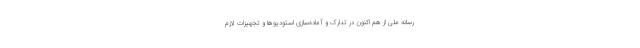
رسانه ملی از هم اکنون در تدارک و آماده‌سازی استودیوها و تجهیزات لازم